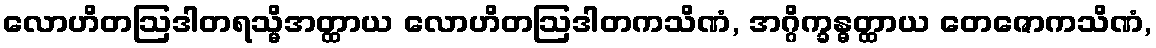
လောဟိတဩဒါတရသ္မိအတ္ထာယ လောဟိတဩဒါတကသိဏံ, အဂ္ဂိက္ခန္ဓတ္ထာယ တေဇောကသိဏံ,